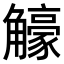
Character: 𧥉